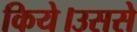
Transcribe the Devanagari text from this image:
किये।उससे